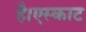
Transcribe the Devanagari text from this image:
है।एस्काट